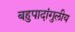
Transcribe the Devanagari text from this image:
बहुपादांगुलीय